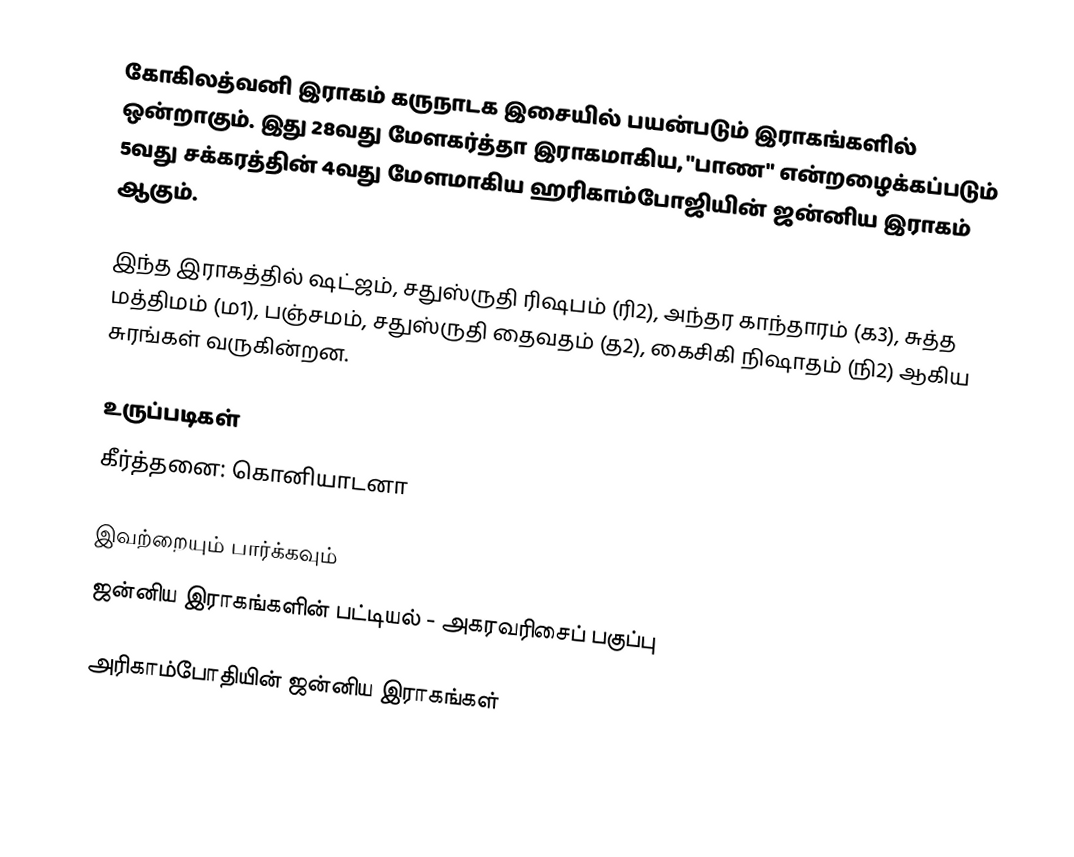
கோகிலத்வனி இராகம் கருநாடக இசையில் பயன்படும் இராகங்களில் ஒன்றாகும். இது 28வது மேளகர்த்தா இராகமாகிய, "பாண" என்றழைக்கப்படும் 5வது சக்கரத்தின் 4வது மேளமாகிய ஹரிகாம்போஜியின் ஜன்னிய இராகம் ஆகும்.

இந்த இராகத்தில் ஷட்ஜம், சதுஸ்ருதி ரிஷபம் (ரி2),  அந்தர காந்தாரம் (க3), சுத்த மத்திமம் (ம1), பஞ்சமம், சதுஸ்ருதி தைவதம் (த2), கைசிகி நிஷாதம்  (நி2) ஆகிய சுரங்கள் வருகின்றன.

உருப்படிகள்
 கீர்த்தனை: கொனியாடனா

இவற்றையும் பார்க்கவும்
 ஜன்னிய இராகங்களின் பட்டியல் - அகரவரிசைப் பகுப்பு

அரிகாம்போதியின் ஜன்னிய இராகங்கள்